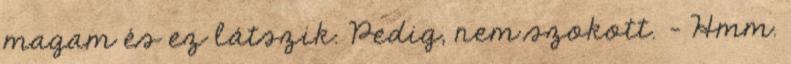
magam és ez látszik. Pedig, nem szokott. - Hmm.